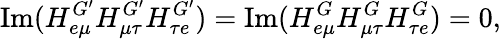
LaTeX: \mathrm{Im}(H_{e\mu}^{G^{\prime}}H_{\mu\tau}^{G^{\prime}}H_{\tau e}^{G^{\prime}})=\mathrm{Im}(H_{e\mu}^{G}H_{\mu\tau}^{G}H_{\tau e}^{G})=0,